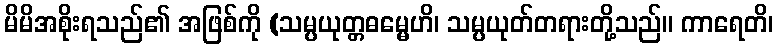
မိမိအစိုးရသည်၏ အဖြစ်ကို (သမ္ပယုတ္တဓမ္မေဟိ၊ သမ္ပယုတ်တရားတို့သည်။ ကာရေတိ၊